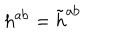
h ^ { \mathrm { a b } } = \tilde { h } ^ { \mathrm { a b } }